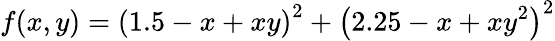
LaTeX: f(x,y)=\left(1.5-x+xy\right)^{2}+\left(2.25-x+xy^{2}\right)^{2}